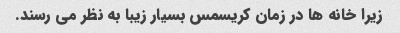
زیرا خانه ها در زمان کریسمس بسیار زیبا به نظر می رسند.